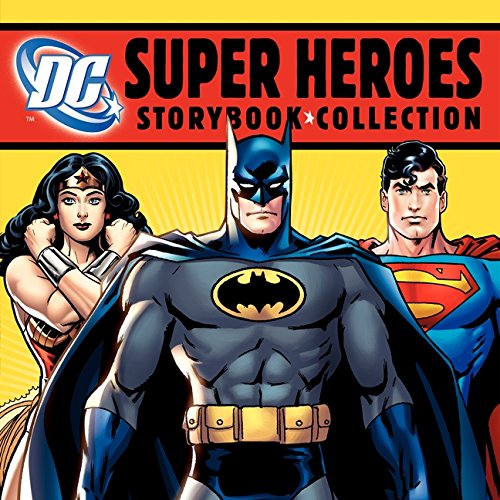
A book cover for DC Super Heroes Storybook Collection; Various; Children's Books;